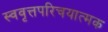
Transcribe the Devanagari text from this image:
स्ववृत्तपरिचयात्मक